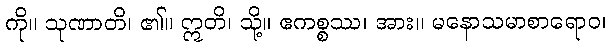
ကို။ သုဏာတိ၊ ၏။ ဣတိ၊ သို့။ ဧကစ္စဿ၊ အား။ မနောသမာစာရောဝ၊